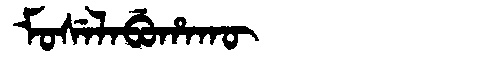
Manchu: ᠮᠣᠰᡝᠯᠠᠪᡠᡥᠠᡴᡡ
Romanization: MOSELABUHAKŪ